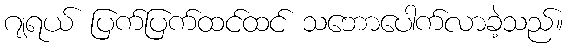
ဂျရယ် ပြက်ပြက်ထင်ထင် သဘောပေါက်လာခဲ့သည်။